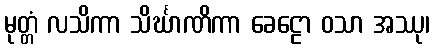
မုတ္တံ လသိကာ သိင်္ဃာဏိကာ ခေဠော ဝသာ အဿု၊